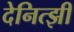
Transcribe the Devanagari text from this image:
देनित्झी